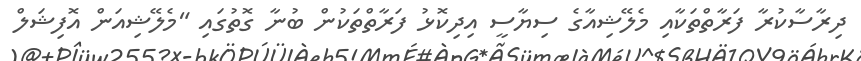
ދިރާސާކުރާ ފަރާތްތަކާއި މެލޭޝިއާގެ ސިޔާސީ އިދިކޮޅު ފަރާތްތަކުން ބުނާ ގޮތުގައި "މެލޭޝިއަން އޮފިޝަލް